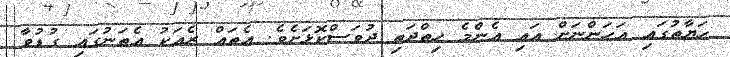
ހަޔާތުގައި އަހަންނަށް އައި އެންމެ ހިތްދަތި ދުވަސްކޮޅަށެވެ. އެތައް ރެއަކު އެތަނުގައި ގުޑުވާ